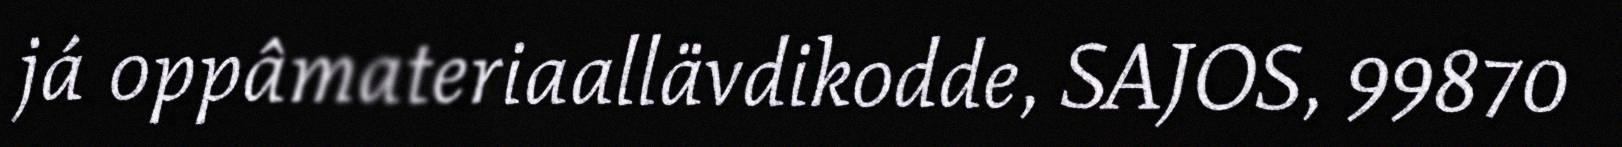
já oppâmateriaallävdikodde, SAJOS, 99870